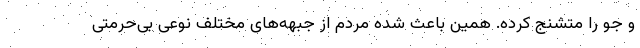
و جو را متشنج کرده. همین باعث شده مردم از جبهه‌های مختلف نوعی بی‌حرمتی